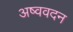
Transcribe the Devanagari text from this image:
अष्ववदन